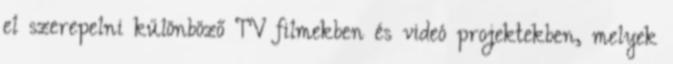
el szerepelni különböző TV filmekben és videó projektekben, melyek